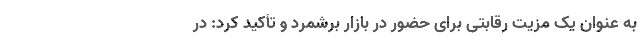
به عنوان یک مزیت رقابتی برای حضور در بازار برشمرد و تأکید کرد: در